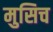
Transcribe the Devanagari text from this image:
मुसिच